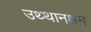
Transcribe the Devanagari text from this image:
उथ्थानक्षम